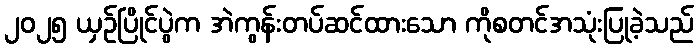
၂၀၂၅ ယှဉ်ပြိုင်ပွဲက အဲကွန်းတပ်ဆင်ထားသော ကိုစတင်အသုံးပြုခဲ့သည်